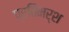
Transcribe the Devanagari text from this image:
प्रतिमर्श